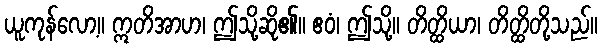
ယူကုန်လော့။ ဣတိအာဟ၊ ဤသို့ဆို၏။ ဧဝံ၊ ဤသို့။ တိတ္ထိယာ၊ တိတ္ထိတို့သည်။